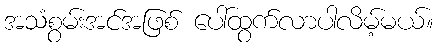
အသံစွမ်းအင်အဖြစ် ပေါ်ထွက်လာပါလိမ့်မယ်။